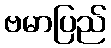
ဗမာပြည်